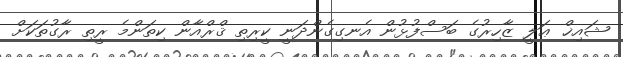
ޝައިޚް ޢަލީ ޒާހިރުގެ ބަސްފުޅުން އެނގިގެންދަނީ ކީރިތި ޤްރްއާން ކިތަންމެ ރީތި ރާގުތަކަށް